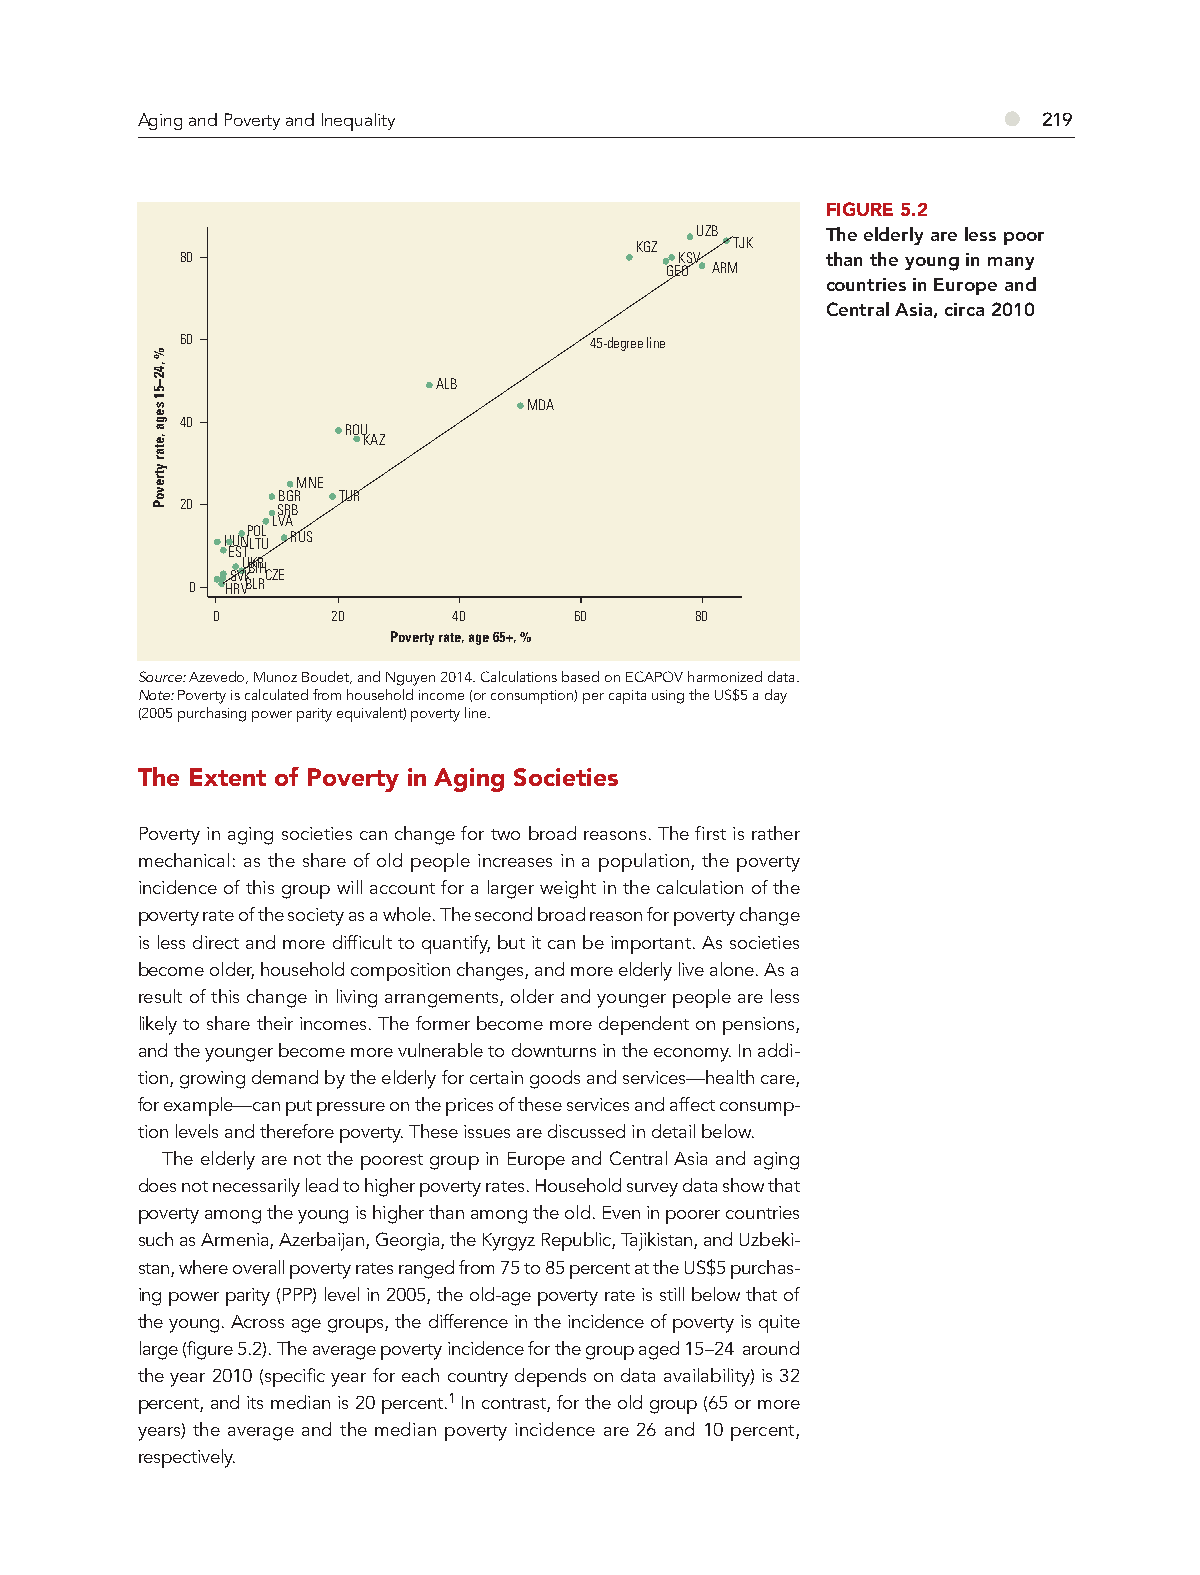
Aging and Poverty and Inequality                         ●  219
 FIGURE 5.2
 UZB      The elderly are less poor
 KGZ    TJK
 80                               KSV       than the young in many
 GEO ARM
 countries in Europe and
 Central Asia, circa 2010
 60                         45-degree line
 ALB
 MDA
 40
 ROU
 KAZ
 MNE
 BGR TUR
 20    SRB
 LVA
 HUNP LO TL
 U
 RUS
 EST
 UBKIRH
 SVK CZE
 0 HRVBLR
 0       20      40      60      80
 Poverty rate, age 65+, %
 Source: Azevedo, Munoz Boudet, and Nguyen 2014. Calculations based on ECAPOV harmonized data.
 Note: Poverty is calculated from household income (or consumption) per capita using the US$5 a day
 (2005 purchasing power parity equivalent) poverty line.
 The Extent of Poverty in Aging Societies
 Poverty in aging societies can change for two broad reasons. The first is rather
 mechanical: as the share of old people increases in a population, the poverty
 incidence of this group will account for a larger weight in the calculation of the
 poverty rate of the society as a whole. The second broad reason for poverty change
 is less direct and more difficult to quantify, but it can be important. As societies
 become older, household composition changes, and more elderly live alone. As a
 result of this change in living arrangements, older and younger people are less
 likely to share their incomes. The former become more dependent on pensions,
 and the younger become more vulnerable to downturns in the economy. In addi-
 tion, growing demand by the elderly for certain goods and services—health care,
 for example—can put pressure on the prices of these services and affect consump-
 tion levels and therefore poverty. These issues are discussed in detail below.
 The elderly are not the poorest group in Europe and Central Asia and aging
 does not necessarily lead to higher poverty rates. Household survey data show that
 poverty among the young is higher than among the old. Even in poorer countries
 such as Armenia, Azerbaijan, Georgia, the Kyrgyz Republic, Tajikistan, and Uzbeki-
 stan, where overall poverty rates ranged from 75 to 85 percent at the US$5 purchas-
 ing power parity (PPP) level in 2005, the old-age poverty rate is still below that of
 the young. Across age groups, the difference in the incidence of poverty is quite
 large (figure 5.2). The average poverty incidence for the group aged 15–24 around
 the year 2010 (specific year for each country depends on data availability) is 32
 percent, and its median is 20 percent.1 In contrast, for the old group (65 or more
 years) the average and the median poverty incidence are 26 and 10 percent,
 respectively.
 %
 ,42–51
 sega
 ,etar
 ytrevoP